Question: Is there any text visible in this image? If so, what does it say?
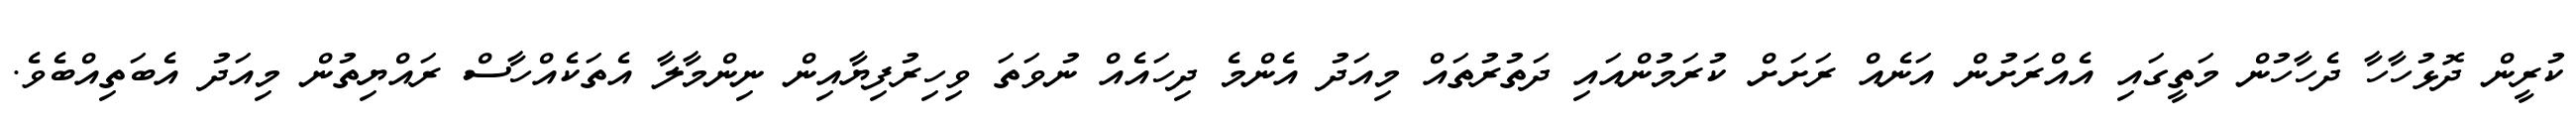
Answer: ކުރީން ދޮޅުހާހާ ދެހާހުން މަތީގައި އެއްރަށުން އަނެއް ރަށަށް ކުރަމުންއައި ދަތުރުތައް މިއަދު އެންމެ ދިހައެއް ނުވަތަ ވިހިރުފިޔާއިން ނިންމާލާ އެތަކެއްހާސް ރައްޔިތުން މިއަދު އެބަތިއްބެވެ.